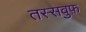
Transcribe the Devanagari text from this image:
तस्सवुफ़